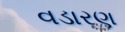
વડારણ